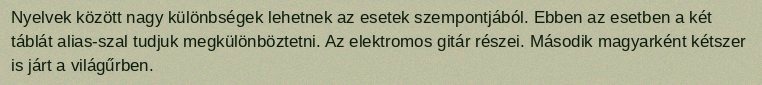
Nyelvek között nagy különbségek lehetnek az esetek szempontjából. Ebben az esetben a két táblát alias-szal tudjuk megkülönböztetni. Az elektromos gitár részei. Második magyarként kétszer is járt a világűrben.